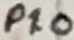
Text: P1.0